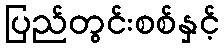
ပြည်တွင်းစစ်နှင့်